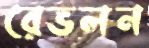
রেভলন